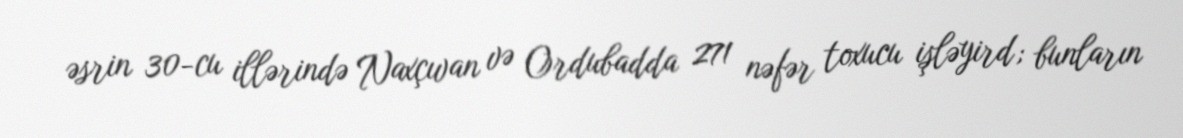
əsrin 30-cu illərində Naxçıvan və Ordubadda 271 nəfər toxucu işləyird; bunların